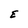
Character: E